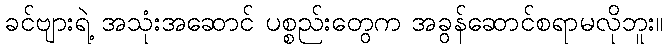
ခင်ဗျားရဲ့ အသုံးအဆောင် ပစ္စည်းတွေက အခွန်ဆောင်စရာမလိုဘူး။